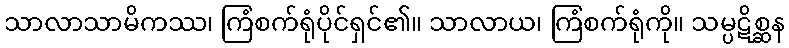
သာလာသာမိကဿ၊ ကြံစက်ရုံပိုင်ရှင်၏။ သာလာယ၊ ကြံစက်ရုံကို။ သမ္ပဋိစ္ဆန